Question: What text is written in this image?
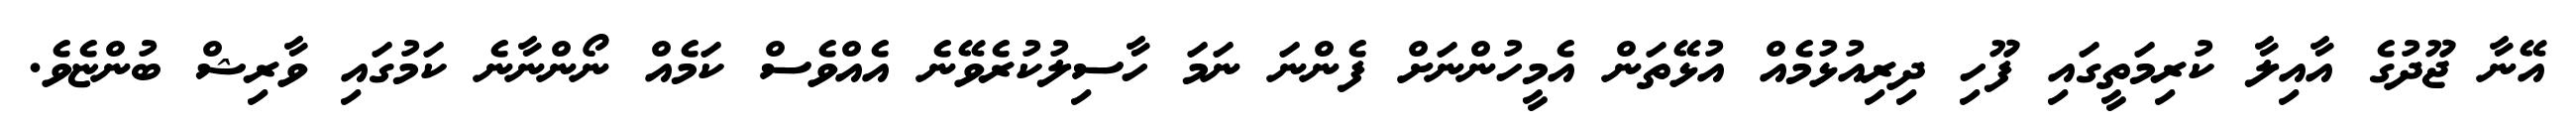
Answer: އޭނާ ޖޫދުގެ އާއިލާ ކުރިމަތީގައި ފޫހި ދިރިއުޅުމެއް އުޅޭތަން އެމީހުންނަށް ފެންނަ ނަމަ ހާސިލުކުރެވޭނެ އެއްވެސް ކަމެއް ނޯންނާނެ ކަމުގައި ވާރިޝް ބުންޏެވެ.